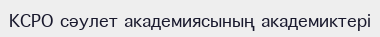
КСРО сәулет академиясының академиктері